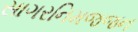
સાગરનિમજજન